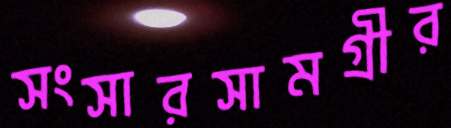
সংসারসামগ্রীর